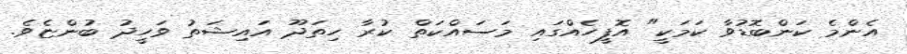
އެންމެ ކަންބޮޑުވާ ކަމަކީ" އޮފީހެއްގައި މަސައްކަތް ކުރާ ހިތަދޫ އައިޝަތު ވަހީދު ބުންޏެވެ.